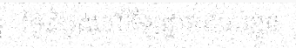
ថ្ងៃដំបូងនៅកីឡដ្ឋានរបស់ខ្លួន